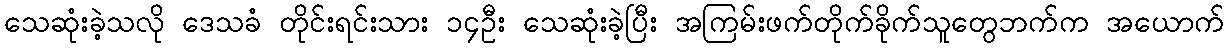
သေဆုံးခဲ့သလို ဒေသခံ တိုင်းရင်းသား ၁၄ဦး သေဆုံးခဲ့ပြီး အကြမ်းဖက်တိုက်ခိုက်သူတွေဘက်က အယောက်